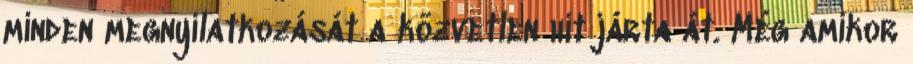
minden megnyilatkozását a közvetlen hit járta át. Még amikor